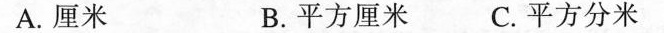
A.厘米 B.平方厘米 C.平方分米